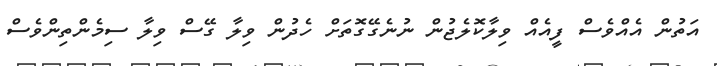
އަތުން އެއްވެސް ފީއެއް ވިލާކޮލެޖުން ނުނެގޭގޮތަށް ހެދުން ވިލާ ގޭސް ވިލާ ސިމެންތިންވެސް